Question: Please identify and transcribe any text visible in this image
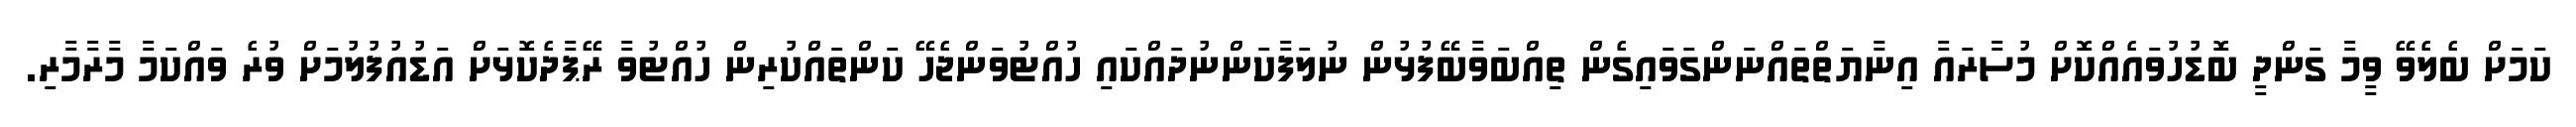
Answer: ކަމަށް ބެލެވޭ ވީމާ ގަންދީ ބޮޑުހުވައެއްކޮށް މުސާރައާ އިނާޔަތްތައްނަންގަވައިގެން ތިއްބަވާބޭފުޅުން ނުލަފާކަންނުދައްކައި ހުއްޓުވަންޖެހޭ ކަންތައްކުރިން ހުއްޓުވާ ރޭޕާދެކޮޅަށް އަޑުއުފުލުމަށް ވުރެ ވައްކަމާ މާރާމާރި.